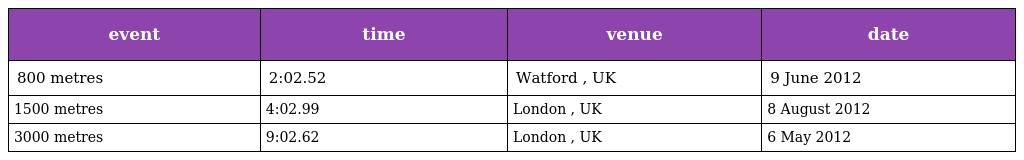
| event | time | venue | date |
 | --- | --- | --- | --- |
 | 800 metres | 2:02.52 | Watford , UK | 9 June 2012 |
 | 1500 metres | 4:02.99 | London , UK | 8 August 2012 |
 | 3000 metres | 9:02.62 | London , UK | 6 May 2012 |